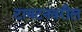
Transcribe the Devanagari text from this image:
टायटनवरील